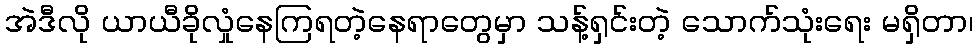
အဲဒီလို ယာယီခိုလှုံနေကြရတဲ့နေရာတွေမှာ သန့်ရှင်းတဲ့ သောက်သုံးရေး မရှိတာ၊